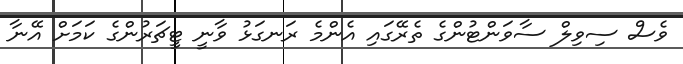
ވެސް ސިވިލް ސާވަންޓުންގެ ތެރޭގައި އެންމެ ރަނގަޅު ވާނީ ޓީޗަރުންގެ ކަމަށް އޭނާ